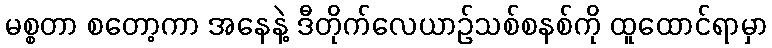
မစ္စတာ စတော့ကာ အနေနဲ့ ဒီတိုက်လေယာဉ်သစ်စနစ်ကို ထူထောင်ရာမှာ